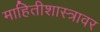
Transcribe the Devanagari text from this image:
माहितीशास्त्रावर